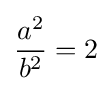
{\frac {a^{2}}{b^{2}}}=2